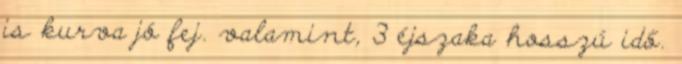
is kurva jó fej. valamint, 3 éjszaka hosszú idő.